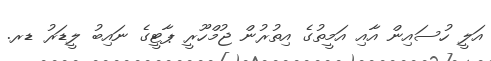
އަލީ ހުސައިން އާއި އަމީތުގެ އިތުރުން ޖުމްހޫރީ ޕާޓީގެ ނައިބު ލީޑަރު ޑރ.